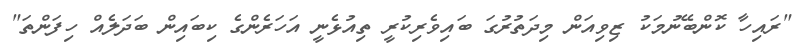
"ރައިހާ ކޮންބޭނުމަކު ޒިވިއަން މިދަތުރުގަ ބައިވެރިކުރީ ތިއުޅެނީ އަހަރެންގެ ކިބައިން ބަދަލެއް ހިފަންތަ"